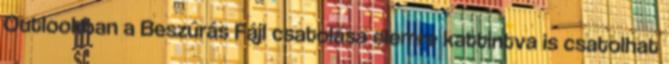
Outlookban a Beszúrás Fájl csatolása elemre kattintva is csatolhat